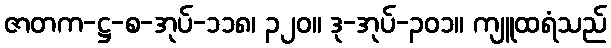
ဇာတက-ဋ္ဌ-စ-အုပ်-၁၁၈၊ ၃၂၀။ ဒု-အုပ်-၃၀၁။ ကျူထရံသည်